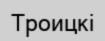
Троицкі